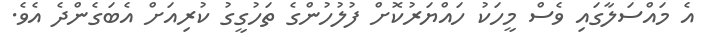
އެ މައްސަލާގައި ވެސް މީހަކު ހައްޔަރުކޮށް ފުލުހުންގެ ތަހުގީގު ކުރިއަށް އެބަގެންދެ އެވެ.